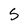
Character: S